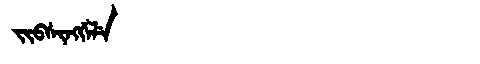
Manchu: ᠵᡳᠪᠰᡳᠩᡤᡝᠯᡝ
Romanization: JIBSINGGELE